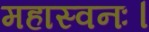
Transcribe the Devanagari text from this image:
महास्वनः।